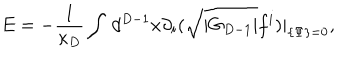
LaTeX: E = - \frac { 1 } { \kappa _ { D } } \int \, d ^ { D - 1 } x \partial _ { i } ( \sqrt { | G _ { D - 1 } | } f ^ { i } ) | _ { \{ \Psi \} = 0 } ,